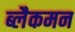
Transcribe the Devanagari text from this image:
ब्लैकमन